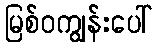
မြစ်ဝကျွန်းပေါ်